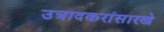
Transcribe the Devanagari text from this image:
उत्रादकरांसारखे